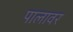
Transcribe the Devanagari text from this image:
पालावर